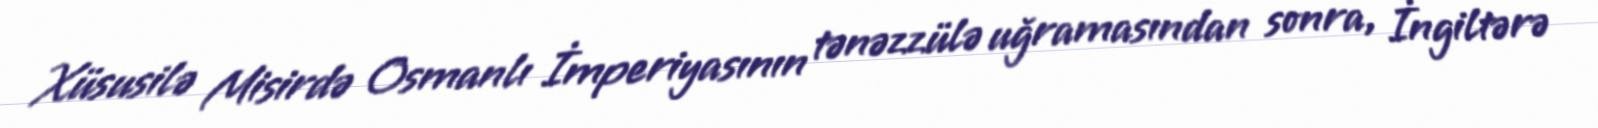
Xüsusilə Misirdə Osmanlı İmperiyasının tənəzzülə uğramasından sonra, İngiltərə